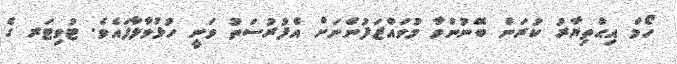
ހޯމް އިޙްތިޔާރު ކުރަން ބޭނުންވާ މުވައްޒަފުންނަށް އެފުރުސަތު ވަނީ ހުޅުވާލާފައެވެ. ޓުވިޓަރ ގެ